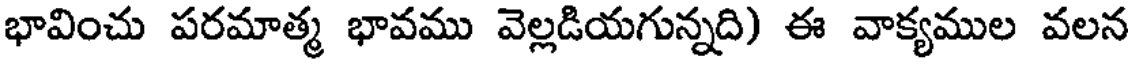
భావించు పరమాత్మ భావము వెల్లడియగున్నది) ఈ వాక్యముల వలన